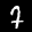
Label: 7